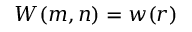
W ( m , n ) = w ( r )